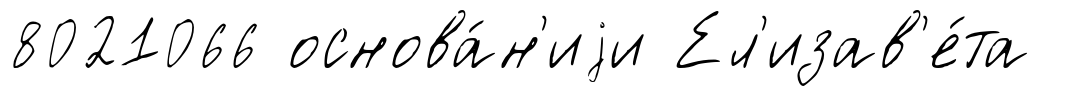
8021066 основа́н'иjи Ел'изав'е́та